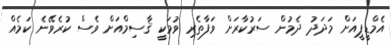
އެމްޑީޕީއަށް މަދަދު ދެމުން ސަރުކާރަށް ވަފާތެރި ވުމަކީ ޤާސިމްއަށް ވެސް ކުރެވޭނެ ކަމެއް